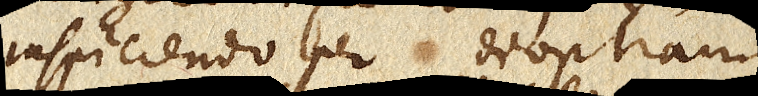
inspiciendo per dioptram